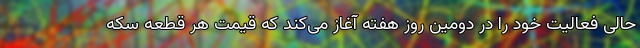
حالی فعالیت خود را در دومین روز هفته آغاز می‌کند که قیمت هر قطعه سکه